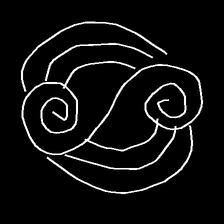
Glyph: wind-underfoot